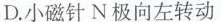
D.小磁针N极向左转动